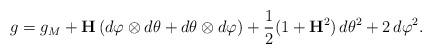
LaTeX: \begin{align*} g=g_M+\textbf{H}\left(d\varphi\otimes d\theta+ d\theta\otimes d\varphi\right)+\frac{1}{2}(1+\textbf{H}^2)\,d\theta^2+2\,d\varphi^2. \end{align*}